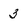
Character: 3